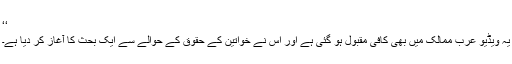
‘‘
یہ ویڈیو عرب ممالک میں بھی کافی مقبول ہو گئی ہے اور اس نے خواتین کے حقوق کے حوالے سے ایک بحث کا آغاز کر دیا ہے۔